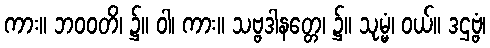
ကား။ ဘဝဝတိ၊ ၌။ ဝါ၊ ကား။ သဗ္ဗဒါနတ္တေ၊ ၌။ သုမ္မံ၊ ဝယ်။ ဒဌဗ္ဗံ၊